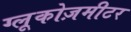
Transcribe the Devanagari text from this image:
ग्लूकोज़मीटर